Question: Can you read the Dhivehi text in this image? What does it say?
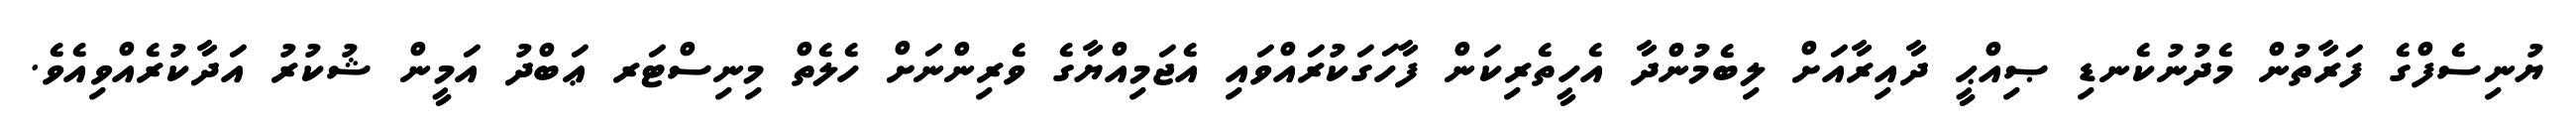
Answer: ޔުނިސެފްގެ ފަރާތުން މެދުނުކެނޑި ޞިއްޙީ ދާއިރާއަށް ލިބެމުންދާ އެހީތެރިކަން ފާހަގަކުރައްވައި އެޖަމިއްޔާގެ ވެރިންނަށް ހެލެތް މިނިސްޓަރ ޢަބްދު އަމީން ޝުކުރު އަދާކުރެއްވިއެވެ.